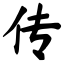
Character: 传